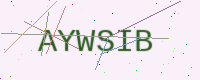
Text: AYWSIB